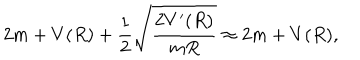
LaTeX: 2 m + V ( R ) + { \frac { 1 } { 2 } } \sqrt { \frac { 2 V ^ { \prime } ( R ) } { m R } } \approx 2 m + V ( R ) ,